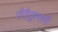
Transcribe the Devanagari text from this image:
गीरीपुश्पाची